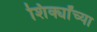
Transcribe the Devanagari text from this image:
शिर्क्यांच्या